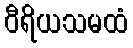
ဝီရိယသမထံ